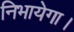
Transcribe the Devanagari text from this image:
निभायेगा।